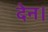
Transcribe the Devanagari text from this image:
देन।